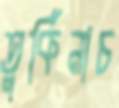
তুর্কিনাচ